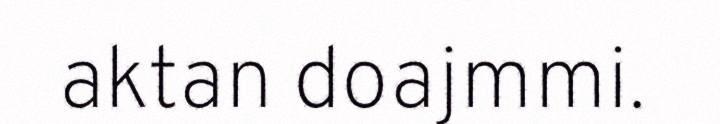
aktan doajmmi.